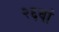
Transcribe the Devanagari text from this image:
२६वां